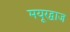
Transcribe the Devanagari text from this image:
मयूरद्वाज